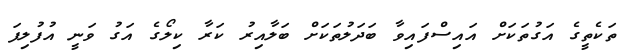
ތަކެތީގެ އަގުތަކަށް އައިސްފައިވާ ބަދަލުތަކަށް ބަލާއިރު ކަރާ ކިލޯގެ އަގު ވަނީ އުފުލިފަ